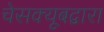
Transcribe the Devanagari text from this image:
चेसक्यूबद्वारा